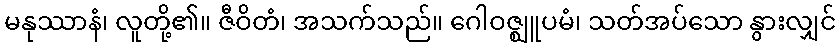
မနုဿာနံ၊ လူတို့၏။ ဇီဝိတံ၊ အသက်သည်။ ဂေါဝဇ္ဈူပမံ၊ သတ်အပ်သော နွားလျှင်